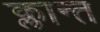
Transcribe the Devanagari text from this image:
क्लान्त